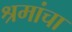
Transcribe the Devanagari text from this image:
श्रमांचा